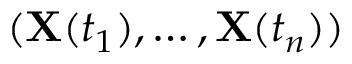
( \mathbf { X } ( t _ { 1 } ) , \ldots , \mathbf { X } ( t _ { n } ) )